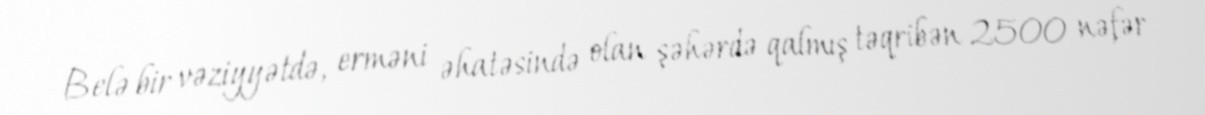
Belə bir vəziyyətdə, erməni əhatəsində olan şəhərdə qalmış təqribən 2500 nəfər